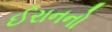
ઈરાનનો